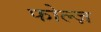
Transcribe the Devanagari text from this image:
फोल्ज़